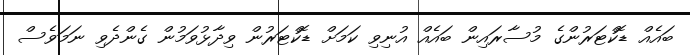
ބައެއް ޑޮކްޓަރުންގެ މުސާރައިން ބައެއް އުނިވި ކަމަށް ޑޮކްޓަރުން ވިދާޅުވަމުން ގެންދެވި ނަމަވެސް